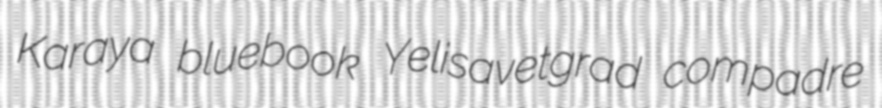
Karaya bluebook Yelisavetgrad compadre